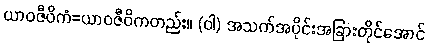
ယာဝဇီဝိကံ=ယာဝဇီဝိကတည်း။ (ဝါ) အသက်အပိုင်းအခြားတိုင်အောင်